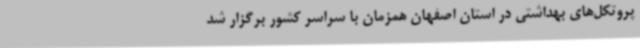
پروتکل‌های بهداشتی در استان اصفهان همزمان با سراسر کشور برگزار شد